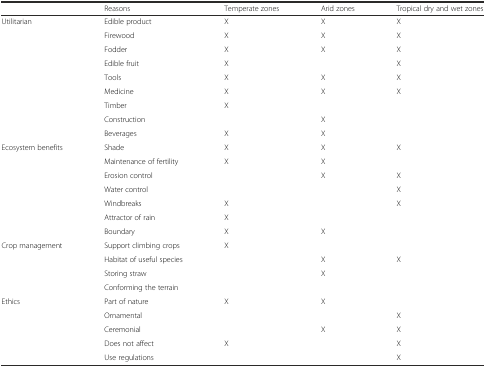
|  | Reasons | Temperate zones | Arid zones | Tropical dry and wet zones |
 | --- | --- | --- | --- | --- |
 | <ROWSPAN=9> Utilitarian | Edible product | X | X | X |
 | Firewood | X | X | X |
 | Fodder | X | X | X |
 | Edible fruit | X |  | X |
 | Tools | X | X | X |
 | Medicine | X | X | X |
 | Timber | X |  |  |
 | Construction |  | X |  |
 | Beverages | X | X |  |
 | <ROWSPAN=7> Ecosystem benefits | Shade | X | X | X |
 | Maintenance of fertility | X | X |  |
 | Erosion control |  | X | X |
 | Water control |  |  | X |
 | Windbreaks | X |  | X |
 | Attractor of rain | X |  |  |
 | Boundary | X | X |  |
 | <ROWSPAN=4> Crop management | Support climbing crops | X |  |  |
 | Habitat of useful species |  | X | X |
 | Storing straw |  | X |  |
 | Conforming the terrain |  |  |  |
 | <ROWSPAN=5> Ethics | Part of nature | X | X |  |
 | Ornamental |  |  | X |
 | Ceremonial |  | X | X |
 | Does not affect | X |  | X |
 | Use regulations |  |  | X |